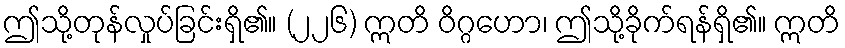
ဤသို့တုန်လှုပ်ခြင်းရှိ၏။ (၂၂၆) ဣတိ ဝိဂ္ဂဟော၊ ဤသို့ခိုက်ရန်ရှိ၏။ ဣတိ